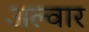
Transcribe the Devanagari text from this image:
अल्‍वार